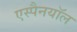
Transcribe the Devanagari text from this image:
एस्पैनयॉल